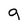
Character: g